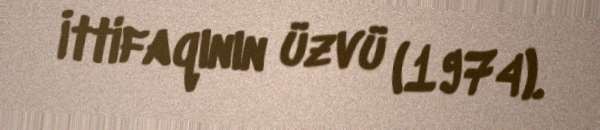
İttifaqının üzvü (1974).